Rangoon Lunatic Asylum 1878-1892 - 1878-1892
Year: 1878
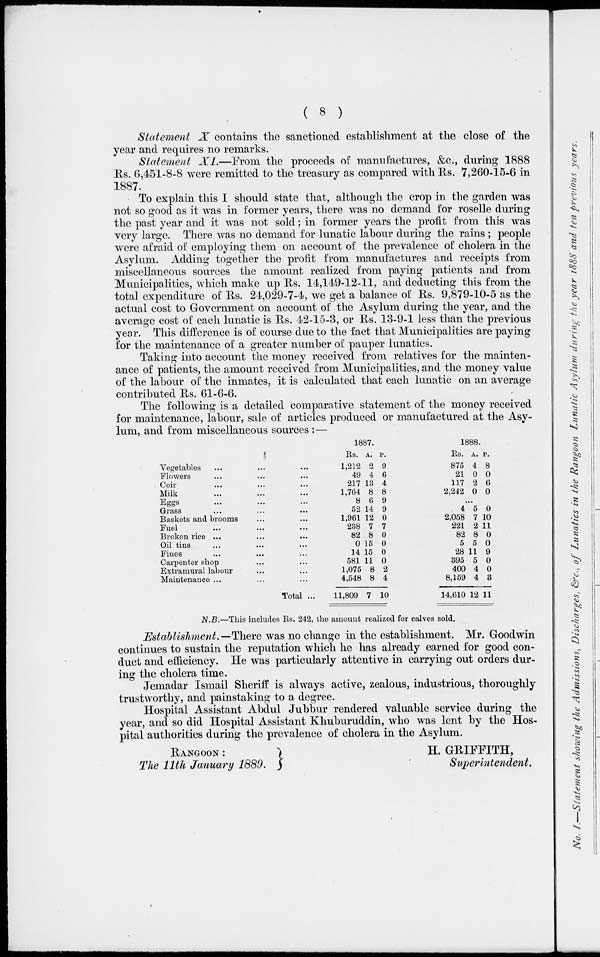
( 8 )
Statement X contains the sanctioned establishment at the close of the
year and requires no remarks.
Statement XI.—From the proceeds of manufactures, &c., during 1888
Rs. 6,451-8-8 were remitted to the treasury as compared with Rs. 7,260-15-6 in
1887.
To explain this I should state that, although the crop in the garden was
not so good as it was in former years, there was no demand for roselle during
the past year and it was not sold; in former years the profit from this was
very large. There was no demand for lunatic labour during the rains; people
were afraid of employing them on account of the prevalence of cholera in the
Asylum. Adding together the profit from manufactures and receipts from
miscellaneous sources the amount realized from paying patients and from
Municipalities, which make up Rs. 14,149-12-11, and deducting this from the
total expenditure of Rs. 24,029-7-4, we get a balance of Rs. 9,879-10-5 as the
actual cost to Government on account of the Asylum during the year, and the
average cost of each lunatic is Rs. 42-15-3, or Rs. 13-9-1 less than the previous
year. This difference is of course due to the fact that Municipalities are paying
for the maintenance of a greater number of pauper lunatics.
Taking into account the money received from relatives for the mainten-
ance of patients, the amount received from Municipalities, and the money value
of the labour of the inmates, it is calculated that each lunatic on an average
contributed Rs. 61-6-6.
The following is a detailed comparative statement of the money received
for maintenance, labour, sale of articles produced or manufactured at the Asy-
lum, and from miscellaneous sources :—
Vegetables ... ... ...
Flowers ... ... ...
Coir ... ... ...
Milk ... ... ...
Eggs ... ... ...
Grass ... ... ...
Baskets and brooms ... ...
Fuel ... ... ...
Broken rice ... ... ...
Oil tins ... ... ...
Fines ... ... ...
Carpenter shop ... ...
Extramural labour ... ...
Maintenance ... ...
Total ...
1887.
Rs.
1,212
49
217
1,764
8
52
1,961
238
82
0
14
581
1,075
4,548
11,809
A.
2
4
13
8
6
14
12
7
8
15
15
11
8
8
7
P.
9
6
4
8
9
9
0
7
0
0
0
0
2
4
10
1888.
Rs.
875
21
117
2,242
A.
4
0
2
0
P.
8
0
6
0
...
4
2,058
221
82
5
28
395
400
8,159
14,610
5
7
2
8
5
11
5
4
4
12
0
10
11
0
0
9
0
0
3
11
N.B.—This includes Rs. 242, the amount realized for calves sold.
Establishment.—There was no change in the establishment. Mr. Goodwin
continues to sustain the reputation which he has already earned for good con-
duct and efficiency. He was particularly attentive in carrying out orders dur-
ing the cholera time.
Jemadar Ismail Sheriff is always active, zealous, industrious, thoroughly
trustworthy, and painstaking to a degree.
Hospital Assistant Abdul Jubbur rendered valuable service during the
year, and so did Hospital Assistant Khuburuddin, who was lent by the Hos-
pital authorities during the prevalence of cholera in the Asylum.
RANGOON :
The 11th January 1889.
H. GRIFFITH,
Superintendent.